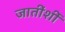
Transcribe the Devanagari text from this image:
जातींशीं